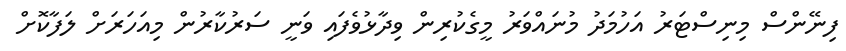
ފިނޭންސް މިނިސްޓަރު އަހުމަދު މުނައްވަރު މީގެކުރިން ވިދާޅުވެފައި ވަނީ ސަރުކާރުން މިއަހަރަށް ލަފާކޮށް